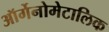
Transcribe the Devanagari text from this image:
ऑर्गेनोमेटालिक